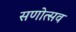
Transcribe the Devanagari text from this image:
सणोत्सव